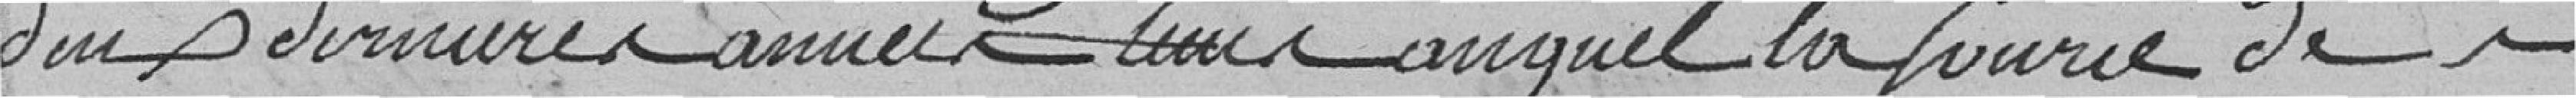
deux dernières années, temps auquel la source des